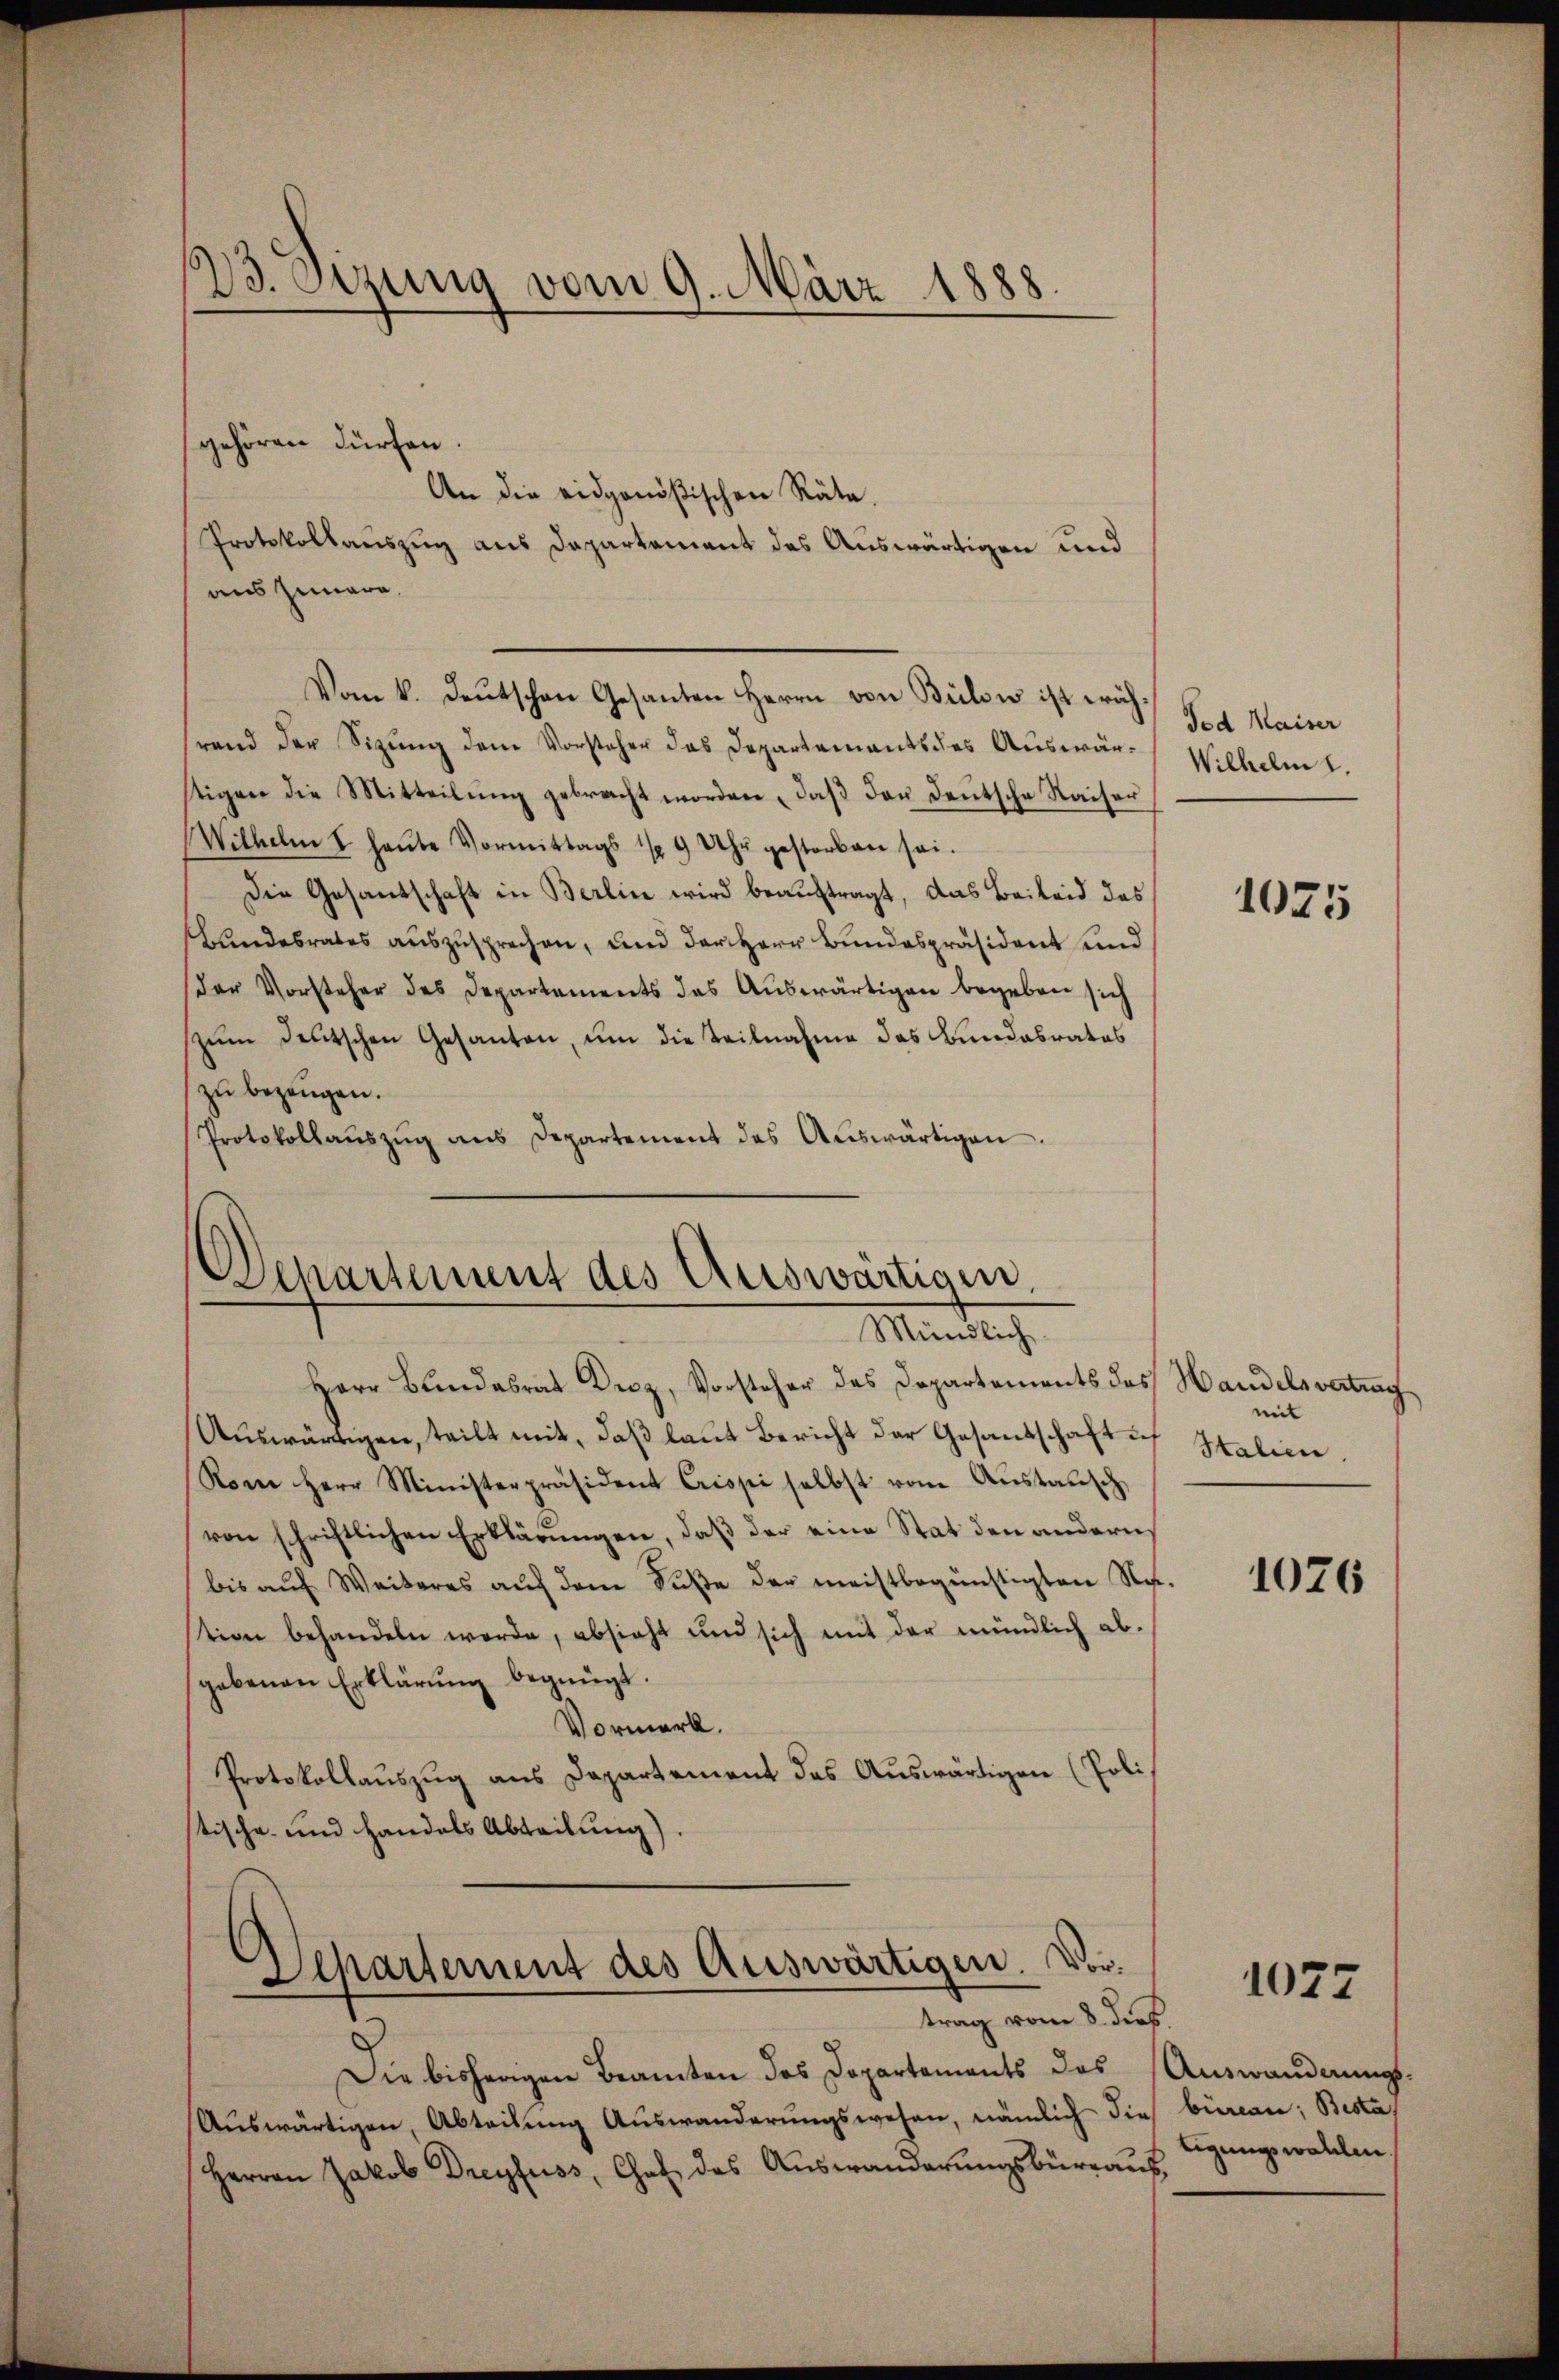
13. Sizung vom 9. März 1888.

gehören dürfen
An die eidgenößischen Räte.
Protokollauszug aus Departement des Auswärtigen und
aus Iunara.
Vom k. deŭtschen Gesanten Herrn von Bülow ist wäh-
rend der Sitzŭng dem Vorsteher das Departements des Auswär-Wilhelm 1.
stigen die Mitteilung gebracht worden, daß den Deutsche Kaiser
Wilhelm I heŭte Vormittags ½ 9 Uhr gestorben sei.
Die Gesantschaft in Berlin wird beauftragt, das Beileid des
Bundesrates auszusprechen, und der Herr Bundespräsident und
(der Vorsteher des Departements das Auswärtigen begeben sich
zŭm Deutschen Gesanten, um die Teilnahme das Bundesrates
zu bezeugen.
Protokollaŭszŭg ans Departement des Aŭswärtigen.

Herr Bundesrat Droz, Vorsteher des Departements des Handelsvertrag
Auswärtigen, teilt mit, daß laut Bericht der Gesandschaft if
Kom Herr Ministerpräsident Crissi selbst vom Aŭstaŭsch
von schriftlichen Erklärungen, daß der eine Stat den andern,
bis aŭf Weiteres aŭf dem Sŭse der meistbegünstigten Na-
tion behandeln werde, absicht und sich mit der mündlich ab-
gebenen Erklärung begnügt.
Vormerk.
Protokollauszug aus Departement das Auswärtigen (Poli
stische und Handels Abteilung)
Separtement des Auswärtigen. Vortrag vom 8. dies
Die bisherigen Beamten des Departements das Auswandnungs¬
Aŭswärtigen, Abteilŭng Aŭswanderŭngswesen, nämlich dies bürean; Besta
Herren Jakob Dreyfuss, Chat des Aŭswanderŭngsbüreaŭs Legungswahlen.

Departement des Auswärtigen.
Mündlich

Fed Maiser

1075

eit
Italien

1076

1077